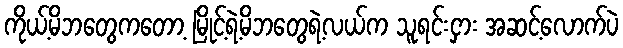
ကိုယ့်မိဘတွေကတော့ မြိုင့်ရဲ့မိဘတွေရဲ့လယ်က သူရင်းငှား အဆင့်လောက်ပဲ